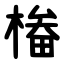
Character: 㮥